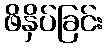
ဖိနှိပ်ခြင်း